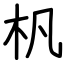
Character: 杋